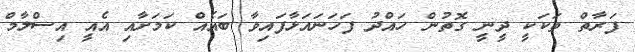
ފަރާތް ތަކަކީ ދީނީ ގޮތުން ހައްދު ފަހަނައަޅާފައިވާ ބައެއް ކަމަށާއި އެއީ އިސްލާމް